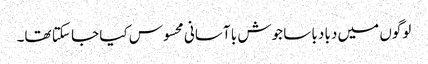
لوگوں میں دبا دبا سا جوش با آسانی محسوس کیا جا سکتا تھا۔